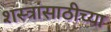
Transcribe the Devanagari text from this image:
शस्त्रांसाठीच्या